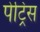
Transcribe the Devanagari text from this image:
पेट्रिस